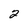
Character: 2